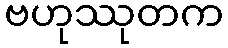
ဗဟုဿုတက